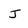
Character: J